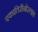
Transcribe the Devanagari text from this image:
एकातिरीनोस्लाव